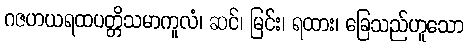
ဂဇဟယရထပတ္တိသမာကူလံ၊ ဆင်၊ မြင်း၊ ရထား၊ ခြေသည်ဟူသော